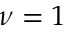
\nu = 1